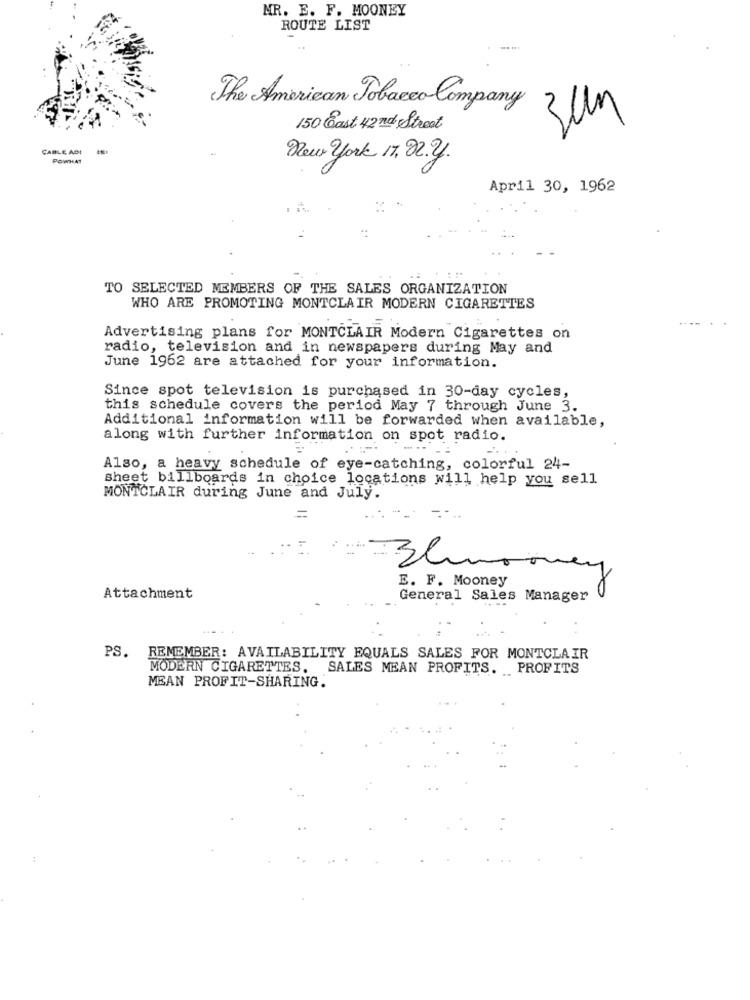
MR. E. F. MOONEY
ROUTE LIST
The American Tobacco Company
3um
150 Cast 42 nd Street
CABLE ABI
POWHAT
Deux york 17.02.2.
April 30, 1962
TO SELECTED MEMBERS OF THE SALES ORGANIZATION
WHO ARE PROMOTING MONTCLAIR MODERN CIGARETTES
Advertising plans for MONTCLAIR Modern Cigarettes on
radio, television and in newspapers during May and
June 1962 are attached for your information.
Since spot television is purchased in 30-day cycles,
this schedule covers the period May 7 through June 3.
Additional information will be forwarded when available,
along with further information on spot radio.
....
Also, a heavy schedule of eye-catching, colorful 24-
sheet billboards in choice locations will help you sell
MONTCLAIR during June and July.
E. F. Mooney
Attachment
General Sales Manager
PS. REMEMBER: AVAILABILITY EQUALS SALES FOR MONTCLAIR
MODERN CIGARETTES. SALES MEAN PROFITS. PROFITS
MEAN PROFIT-SHARING.
: